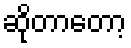
ဆိုတာတော့